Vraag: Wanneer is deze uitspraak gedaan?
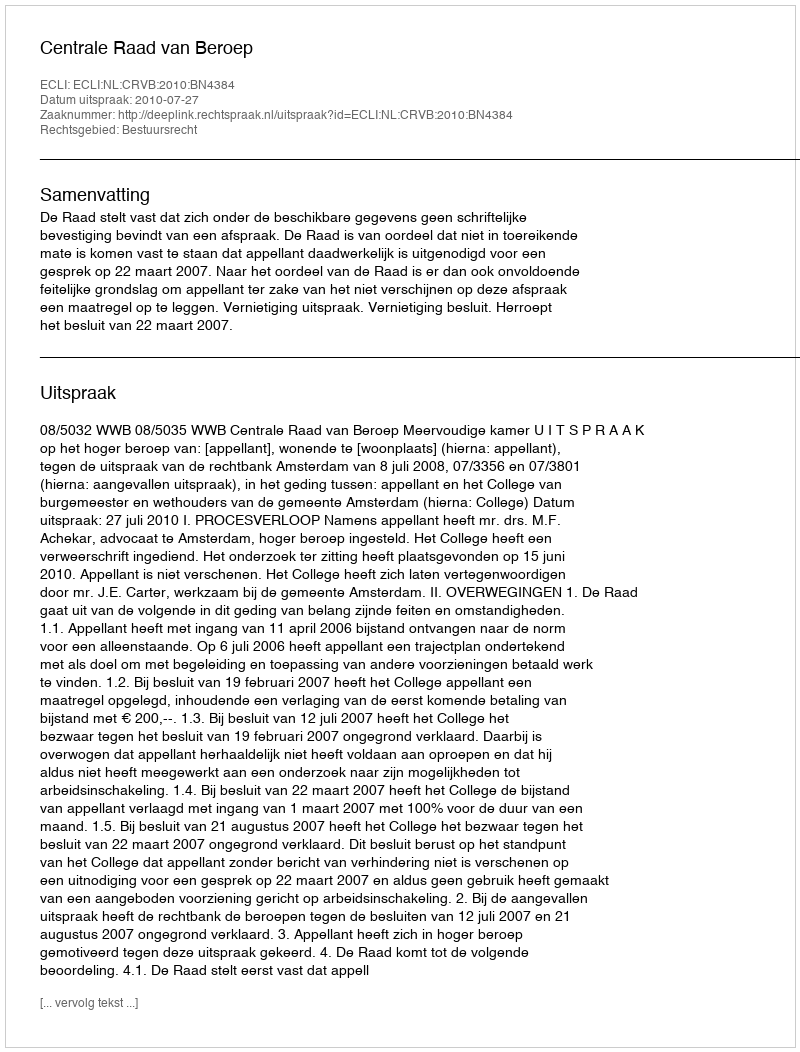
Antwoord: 2010-07-27